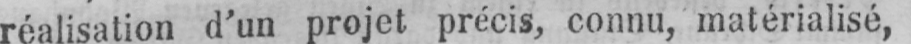
réalisation d’un projet précis, connu, matérialisé,